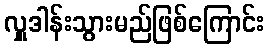
လှူဒါန်းသွားမည်ဖြစ်ကြောင်း